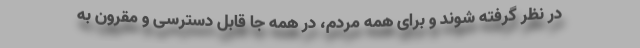
در نظر گرفته شوند و برای همه مردم، در همه جا قابل دسترسی و مقرون به